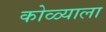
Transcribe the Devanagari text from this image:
कोळ्याला